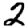
Digit: 2